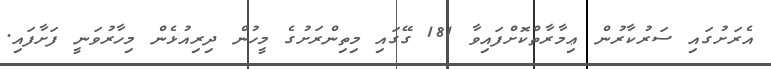
އެރަށުގައި ސަރުކާރުން ޢިމާރާތްކޮށްފައިވާ 181 ގޭގައި މިތިންރަށުގެ މީހުން ދިރިއުޅެން މިހާރުވަނީ ފަށާފައި.